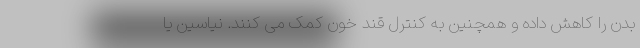
بدن را کاهش داده و همچنین به کنترل قند خون کمک می کنند. نیاسین یا